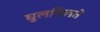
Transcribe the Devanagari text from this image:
घुलमिलते